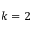
k = 2